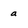
Character: a